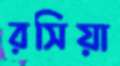
রসিয়া